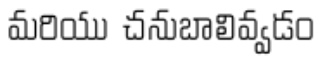
మరియు చనుబాలివ్వడం